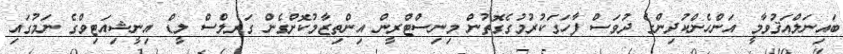
ބައިނަލްއަޤުވާމީ އަންހެންކުދިންގެ ދުވަސް ފާހަގަކުރުމުގެގޮތުން މިނިސްޓްރީން އިންތިޒާމުކޮށްގެން ގަރލްސް ލީޑް އިނީޝިއަޓިވްގެ ނަމުގައި